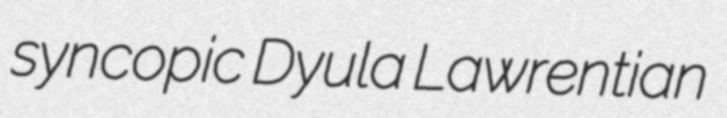
syncopic Dyula Lawrentian